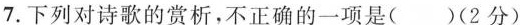
7.下列对诗歌的赏析，不正确的一项是( )(2分)